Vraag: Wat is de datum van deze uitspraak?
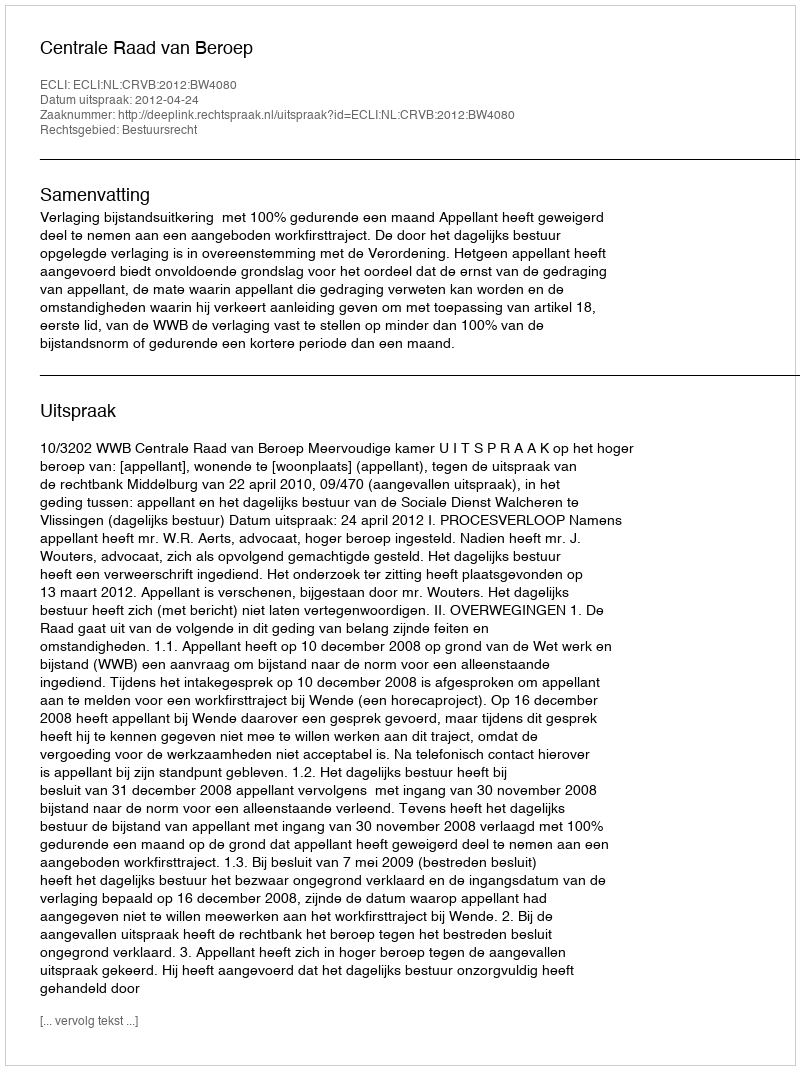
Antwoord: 2012-04-24